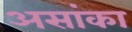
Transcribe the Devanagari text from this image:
असांका